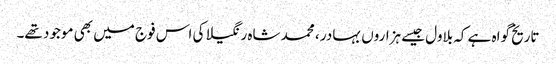
تاریخ گواہ ہے کہ بلاول جیسے ہزاروں بہادر ، محمد شاہ رنگیلا کی اس فوج میں بھی موجود تھے۔